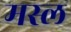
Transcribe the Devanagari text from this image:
मस्ल